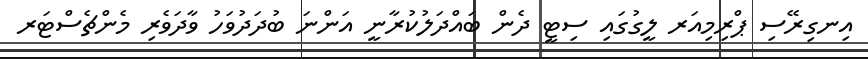
އިނގިރޭސި ޕްރިމިއަރ ލީގުގައި ސިޓީ ދެން ބައްދަލުކުރާނީ އަންނަ ބުދަދުވަހު ވާދަވެރި މެންޗެސްޓަރ